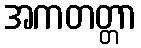
အကတတ္တာ